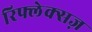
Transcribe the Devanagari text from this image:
रिफ्लेक्सज़